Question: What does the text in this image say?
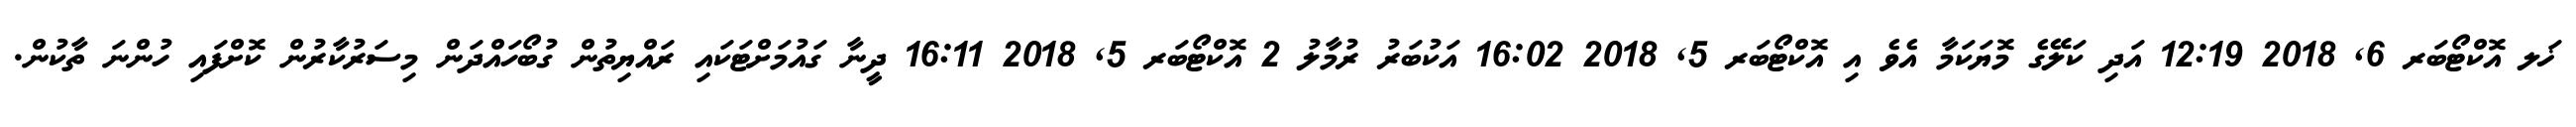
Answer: ޚަލ އޮކްޓޯބަރ 6, 2018 12:19 އަދި ކަލޭގެ މޮޔަކަމާ އެވެ އި އޮކްޓޯބަރ 5, 2018 16:02 އަކުބަރު ރުމާލު 2 އޮކްޓޯބަރ 5, 2018 16:11 ދީނާ ގައުމަށްޓަކައި ރައްޔިތުން ގުބޯހައްދަން މިސަރުކާރުން ކޮށްފައި ހުންނަ ތާކުން.